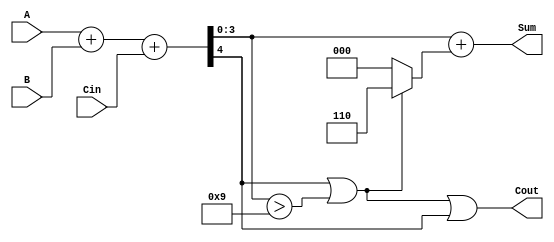
module BCD_Parallel_Adder (
    input  [3:0] A,      // First BCD digit
    input  [3:0] B,      // Second BCD digit
    input        Cin,     // Carry input
    output [3:0] Sum,     // BCD result
    output       Cout      // Carry output
);

    wire [4:0] S;        // 5-bit sum to hold the result of A + B + Cin
    wire correction;      // Signal to indicate if correction is needed
    wire [3:0] corrected_sum; // Sum after correction

    // Step 1: Binary addition of A, B, and Cin
    assign S = A + B + Cin;

    // Step 2: Determine if correction is needed
    assign correction = (S[4] || (S[3:0] > 4'b1001));

    // Step 3: Correct the sum if necessary
    assign corrected_sum = S[3:0] + (correction ? 4'b0110 : 4'b0000);

    // Final outputs
    assign Sum = corrected_sum;
    assign Cout = correction || S[4]; // Carry out if correction is needed or if there was an overflow

endmodule